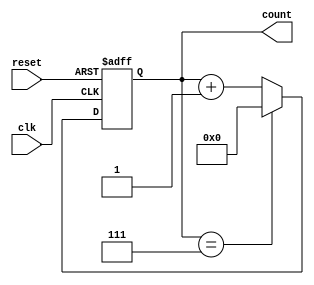
module mod_n_async_counter #(parameter N = 8) (
    input wire clk,          // Clock input
    input wire reset,        // Asynchronous reset
    output reg [N-1:0] count // Current count output
);

    // Calculate the number of bits needed to represent the count
    localparam WIDTH = $clog2(N);

    // Asynchronous reset and counting logic
    always @(posedge clk or posedge reset) begin
        if (reset) begin
            count <= 0; // Reset count to 0
        end else begin
            if (count == N - 1) begin
                count <= 0; // Wrap around to 0
            end else begin
                count <= count + 1; // Increment count
            end
        end
    end

endmodule